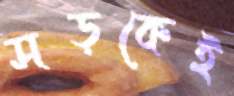
সড়কেই